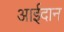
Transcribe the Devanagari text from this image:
आईदान